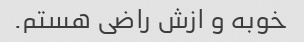
خوبه و ازش راضی هستم.